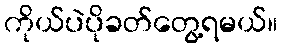
ကိုယ်ပဲပိုခတ်တွေ့ရမယ်။